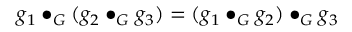
g _ { 1 } \bullet _ { G } ( g _ { 2 } \bullet _ { G } g _ { 3 } ) = ( g _ { 1 } \bullet _ { G } g _ { 2 } ) \bullet _ { G } g _ { 3 }